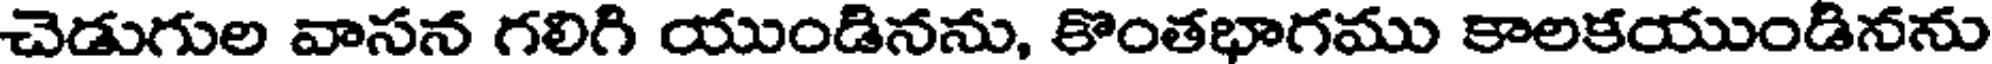
చెడుగుల వాసన గలిగి యుండినను, కొంతభాగము కాలకయుండినను